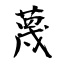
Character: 蔑